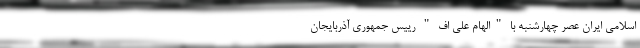
اسلامی ایران عصر چهارشنبه با "الهام علی اف " رییس جمهوری آذربایجان